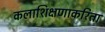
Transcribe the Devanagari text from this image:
कलाशिक्षणाकरिता